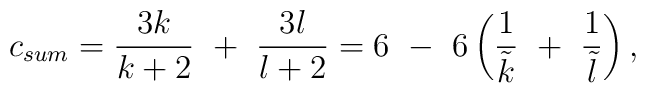
c_{sum}={3k\over k+2}~+~{3l\over l+2}=6~-~6\left({1\over\tilde k}~+~{1\over\tilde l}\right),